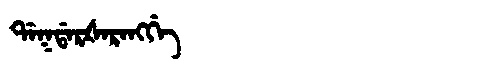
Manchu: ᡩᠠᡴᡩᠠᡵᡧᠠᡵᠠᠩᡤᡝ
Romanization: DAKDARŠARANGGE